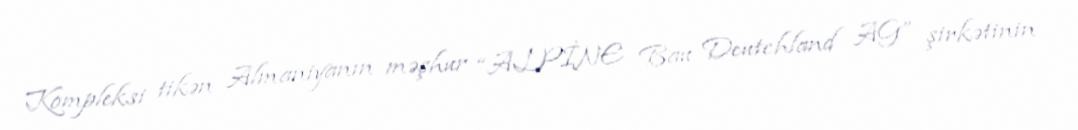
Kompleksi tikən Almaniyanın məşhur “ALPİNE Bau Deutchland AG” şirkətinin